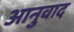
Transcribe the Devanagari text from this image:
आनुवाद